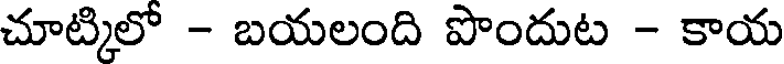
చూట్కిలో - బయలంది పొందుట - కాయ